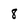
Character: 8